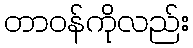
တာဝန်ကိုလည်း